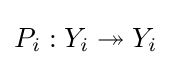
P_{i}:Y_{i}\twoheadrightarrow Y_{i}